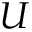
U